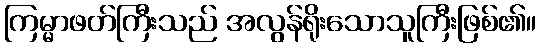
ကြမ္မာဖတ်ကြီးသည် အလွန်ရိုးသောသူကြီးဖြစ်၏။